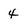
Character: 4